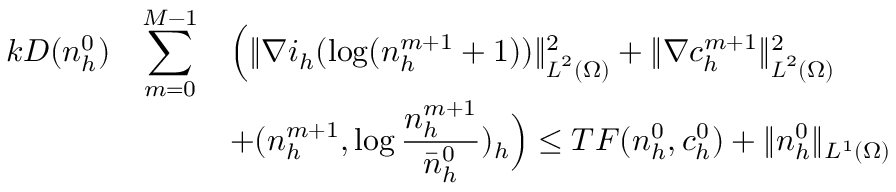
\begin{array} { r c l } { k D ( n _ { h } ^ { 0 } ) } & { \displaystyle \sum _ { m = 0 } ^ { M - 1 } } & { \Big ( \| \nabla i _ { h } ( \log ( n _ { h } ^ { m + 1 } + 1 ) ) \| _ { { \boldsymbol L } ^ { 2 } ( \Omega ) } ^ { 2 } + \| \nabla c _ { h } ^ { m + 1 } \| _ { { \boldsymbol L } ^ { 2 } ( \Omega ) } ^ { 2 } } \\ & & { \displaystyle + ( n _ { h } ^ { m + 1 } , \log \frac { n _ { h } ^ { m + 1 } } { \bar { n } _ { h } ^ { 0 } } ) _ { h } \Big ) \le T F ( n _ { h } ^ { 0 } , c _ { h } ^ { 0 } ) + \| n _ { h } ^ { 0 } \| _ { L ^ { 1 } ( \Omega ) } } \end{array}